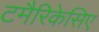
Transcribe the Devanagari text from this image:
टमैरिकेसिए